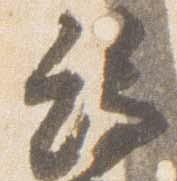
端